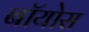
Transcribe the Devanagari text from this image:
बॉयोस